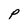
Character: P